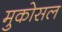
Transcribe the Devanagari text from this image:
मुकोसल